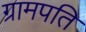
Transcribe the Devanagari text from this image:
ग्रामपति